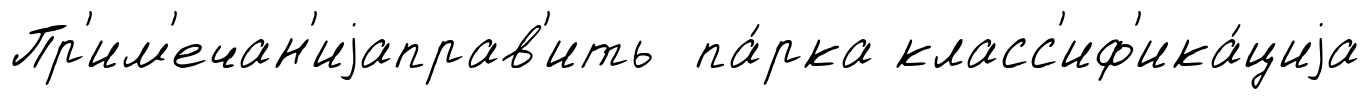
Пр'им'ечан'иjаправ'ить па́рка класс'иф'ика́циjа